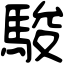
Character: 駿